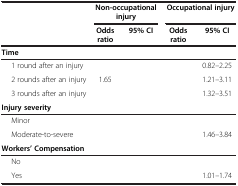
<table><thead><tr><td>[EMPTY_CELL]</td><td colspan="2"><b>Non-occupational injury</b></td><td colspan="2"><b>Occupational injury</b></td></tr><tr><td>[EMPTY_CELL]</td><td><b>Odds ratio</b></td><td><b>95% CI</b></td><td><b>Odds ratio</b></td><td><b>95% CI</b></td></tr></thead><tbody><tr><td><b>Time</b></td><td>[EMPTY_CELL]</td><td>[EMPTY_CELL]</td><td>[EMPTY_CELL]</td><td>[EMPTY_CELL]</td></tr><tr><td>1 round after an injury</td><td>[EMPTY_CELL]</td><td>[EMPTY_CELL]</td><td>[EMPTY_CELL]</td><td>0.82–2.25</td></tr><tr><td>2 rounds after an injury</td><td>1.65</td><td>[EMPTY_CELL]</td><td>[EMPTY_CELL]</td><td>1.21–3.11</td></tr><tr><td>3 rounds after an injury</td><td>[EMPTY_CELL]</td><td>[EMPTY_CELL]</td><td>[EMPTY_CELL]</td><td>1.32–3.51</td></tr><tr><td><b>Injury severity</b></td><td>[EMPTY_CELL]</td><td>[EMPTY_CELL]</td><td>[EMPTY_CELL]</td><td>[EMPTY_CELL]</td></tr><tr><td>Minor</td><td>[EMPTY_CELL]</td><td>[EMPTY_CELL]</td><td>[EMPTY_CELL]</td><td>[EMPTY_CELL]</td></tr><tr><td>Moderate-to-severe</td><td>[EMPTY_CELL]</td><td>[EMPTY_CELL]</td><td>[EMPTY_CELL]</td><td>1.46–3.84</td></tr><tr><td><b>Workers’ Compensation</b></td><td>[EMPTY_CELL]</td><td>[EMPTY_CELL]</td><td>[EMPTY_CELL]</td><td>[EMPTY_CELL]</td></tr><tr><td>No</td><td>[EMPTY_CELL]</td><td>[EMPTY_CELL]</td><td>[EMPTY_CELL]</td><td>[EMPTY_CELL]</td></tr><tr><td>Yes</td><td>[EMPTY_CELL]</td><td>[EMPTY_CELL]</td><td>[EMPTY_CELL]</td><td>1.01–1.74</td></tr></tbody></table>